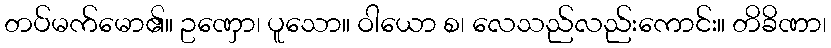
တပ်မက်မော၏။ ဥဏှော၊ ပူသော။ ဝါယော စ၊ လေသည်လည်းကောင်း။ တိခိဏာ၊